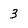
Character: 3